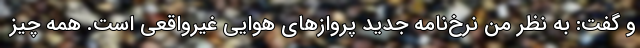
و گفت: به نظر من نرخ‌نامه جدید پروازهای هوایی غیرواقعی است. همه چیز